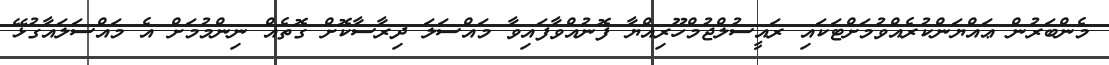
މެންބަރުން ޢައްޔަންކުރެއްވުމަށްޓަކައި ރައީސުލްޖުމްހޫރިއްޔާ ފޮނުއްވާފައިވާ މައްސަލަ ދިރާސާކޮށް ގޮތެއް ނިންމުމަށް އެ މައްސަލައާގުޅޭ